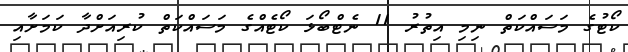
ކޯޓުގެ މަސައްކަތް ނިމި އިތުރު 11 ނެޓްބޯޅަ ކޯޓެއްގެ މަސައްކަތް ކުރިއަށްދާ ކަމަށާއި